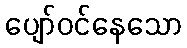
ပျော်ဝင်နေသော